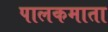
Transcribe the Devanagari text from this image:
पालकमाता